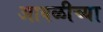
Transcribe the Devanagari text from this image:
आवळीच्या